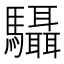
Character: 䯀